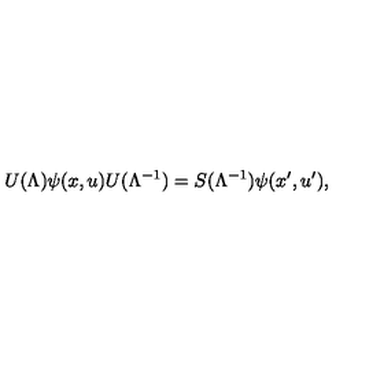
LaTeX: U ( \Lambda ) \psi ( x , u ) U ( \Lambda ^ { - 1 } ) = S ( \Lambda ^ { - 1 } ) \psi ( x ^ { \prime } , u ^ { \prime } ) ,